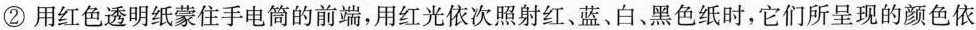
②用红色透明纸蒙住手电筒的前端，用红光依次照射红、蓝、白、黑色纸时，它们所呈现的颜色依